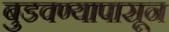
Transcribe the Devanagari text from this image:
बुडवण्यापासून